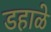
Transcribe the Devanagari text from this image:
डहाळे